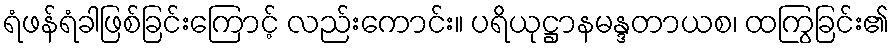
ရံဖန်ရံခါဖြစ်ခြင်းကြောင့် လည်းကောင်း။ ပရိယုဋ္ဌာနမန္ဒတာယစ၊ ထကြွခြင်း၏